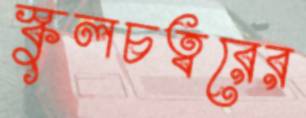
স্কুলচত্বরের